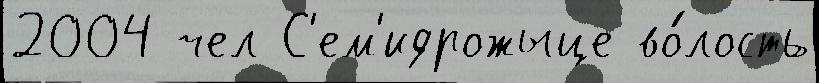
2004 чел С'ем'идрожыце во́лость